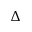
\Delta